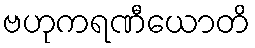
ဗဟုကရဏီယောတိ